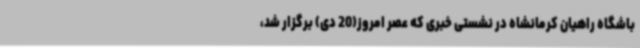
باشگاه راهیان کرمانشاه در نشستی خبری که عصر امروز(20 دی) برگزار شد،